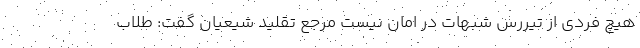
هیچ فردی از تیررَس شبهات در امان نیست مرجع تقلید شیعیان گفت: طلاب